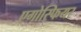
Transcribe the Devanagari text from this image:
एगोस्फियर